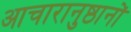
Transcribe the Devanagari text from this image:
आचारानुष्ठानों